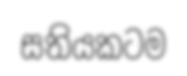
සතියකටම